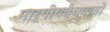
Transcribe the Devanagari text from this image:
मार्गीयवैष्णवों